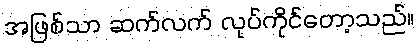
အဖြစ်သာ ဆက်လက် လုပ်ကိုင်တော့သည်။